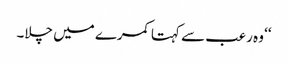
‘‘ وہ رعب سے کہتا کمرے میں چلا۔